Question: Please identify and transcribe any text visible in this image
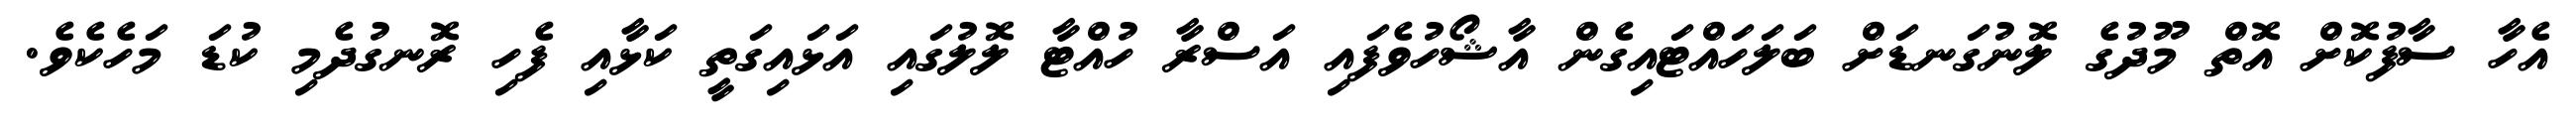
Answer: އެހާ ސާފުކޮށް އޮތް މޫދުގެ ލޮނުގަނޑަށް ބަލަހައްޓައިގެން އާޝޯހުވެފައި އަސްރާ ހުއްޓާ ލޮލުގައި އަޅައިގަތީ ކަޅާއި ފެހި ރޮނގުދެމި ކުޑަ މަހެކެވެ.